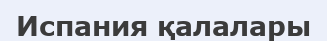
Испания қалалары